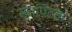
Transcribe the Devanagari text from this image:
सुतपिटक